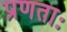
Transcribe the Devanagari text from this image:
प्रणताः